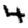
Digit: 4